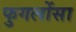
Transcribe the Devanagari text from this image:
फुगलोंसा